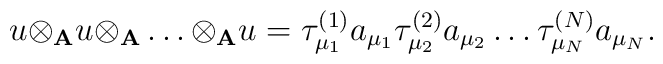
u{\otimes}_{\bf A}u{\otimes}_{\bf A} \ldots {\otimes}_{\bf A}u = {\tau}^{(1)}_{{\mu}_1}a_{{\mu}_1}{\tau}^{(2)}_{{\mu}_2}a_{{\mu}_2} \ldots {\tau}^{(N)}_{{\mu}_N}a_{{\mu}_N}.